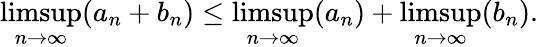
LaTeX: \operatorname*{limsup}_{n\to\infty}(a_{n}+b_{n})\leq\operatorname*{limsup}_{n\to\infty}(a_{n})+\operatorname*{limsup}_{n\to\infty}(b_{n}).